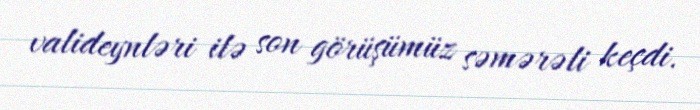
valideynləri ilə son görüşümüz səmərəli keçdi.